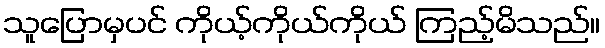
သူပြောမှပင် ကိုယ့်ကိုယ်ကိုယ် ကြည့်မိသည်။